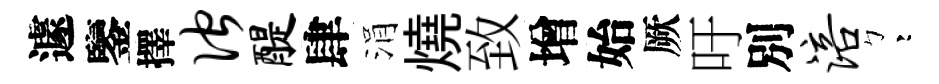
遽鑒擇伫醍肆涓燒致增始厥吁別涪彎